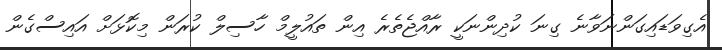
އެގިވަޑައިގަންނަވާނެ ގިނަ ކުދިންނަކީ ރާއްޖެތެރެ އިން ތައުލީމް ހާސިލް ކުރަން މިކޮޅަށް އައިސްގެން